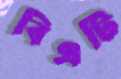
বিএটি